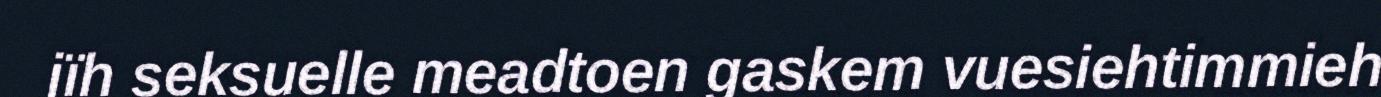
jïh seksuelle meadtoen gaskem vuesiehtimmieh